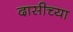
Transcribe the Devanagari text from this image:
दासीच्या